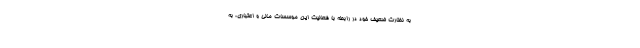
به نظارت ضعیف خود در رابطه با فعالیت این موسسات مالی و اعتباری، به